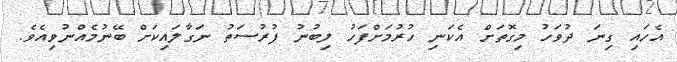
އެހައި ގިނަ ދުވަހު މިގޮތަށް އެކަނި ހުރުމަށްފަހު ލިބުނު ފުރުސަތު ނަގާލައިކަށް ބޭނުމެއްނުވިއެވެ.